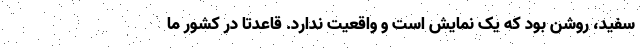
سفید، روشن بود که یک نمایش است و واقعیت ندارد. قاعدتاً در کشور ما